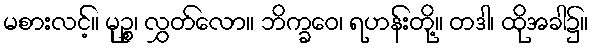
မစားလင့်။ မုဉ္စ၊ လွှတ်လော။ ဘိက္ခဝေ၊ ရဟန်းတို့။ တဒါ၊ ထိုအခါ၌။